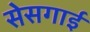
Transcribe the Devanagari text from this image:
सेसगाई